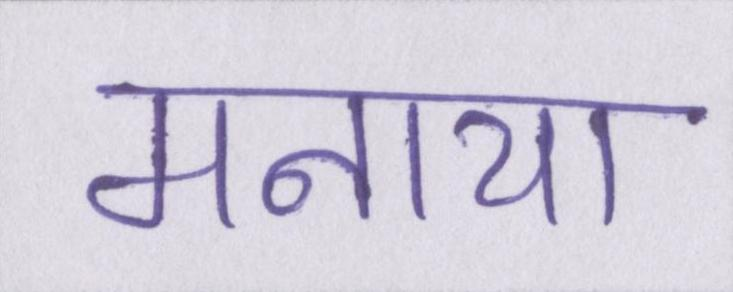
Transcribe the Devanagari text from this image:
मनाया